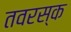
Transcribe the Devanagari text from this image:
तवरस्क